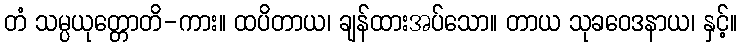
တံ သမ္ပယုတ္တောတိ-ကား။ ထပိတာယ၊ ချန်ထားအပ်သော။ တာယ သုခဝေဒနာယ၊ နှင့်။